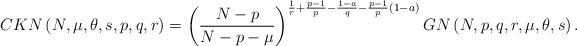
LaTeX: \begin{align*}CKN\left( N,\mu,\theta,s,p,q,r\right) =\left( \frac{N-p}{N-p-\mu}\right)^{\frac{1}{r}+\frac{p-1}{p}-\frac{1-a}{q}-\frac{p-1}{p}\left( 1-a\right)}GN\left( N,p,q,r,\mu,\theta,s\right) .\end{align*}